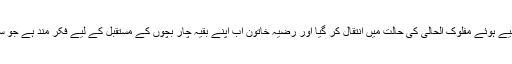
پروگیریا سے متاثر اکرام یہ حسرت لیے ہوئے مفلوک الحالی کی حالت میں انتقال کر گیا اور رضیہ خاتون اب اپنے بقیہ چار بچوں کے مستقبل کے لیے فکر مند ہے جو سب کے سب پروگیریا سے متاثر ہیں۔